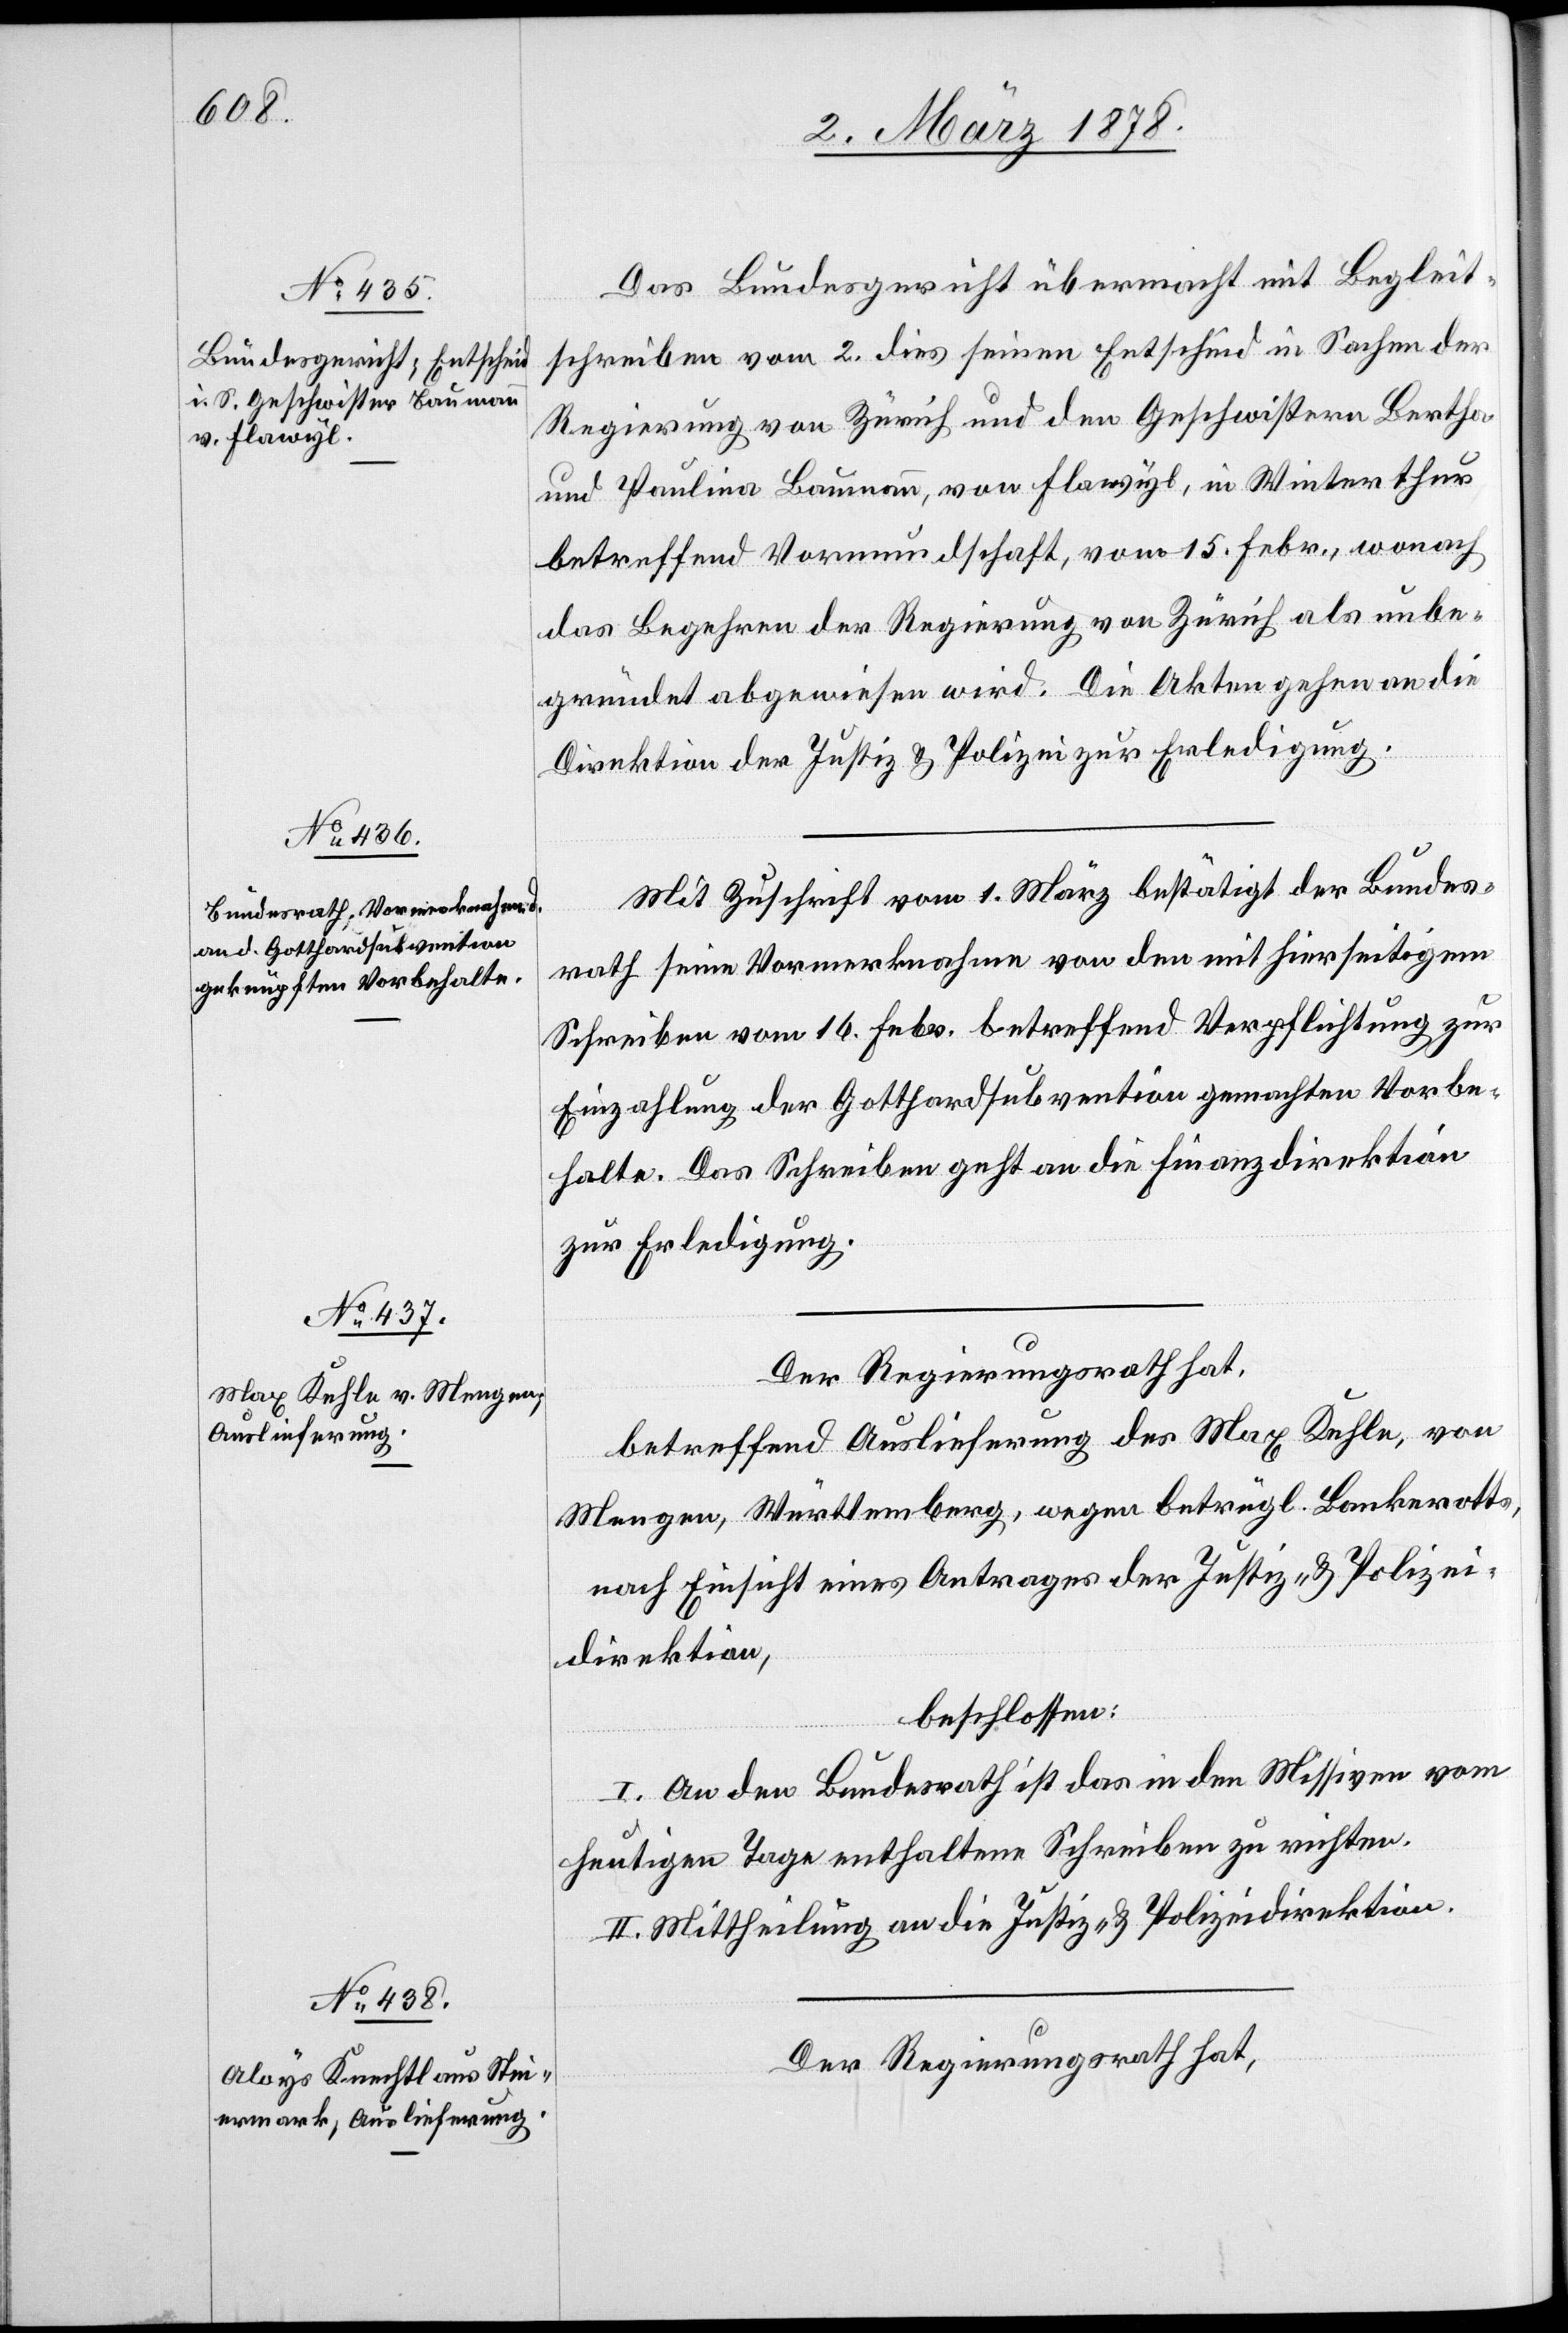
4. März 1878.]
Das Bundesgericht übermacht mit Begleit¬
schreiben vom 2. dies seinen Entscheid in Sachen der
Regierung von Zürich und den Geschwistern Bertha
und Paulina Baumann, von Flawyl, in Winterthur
betreffend Vormundschaft, vom 15. Febr., wonach
das Begehren der Regierung von Zürich als unbe¬
gründet abgewiesen wird. Die Akten gehen an die
Direktion der Justiz & Polizei zur Erledigung.
Mit Zuschrift vom 1. März bestätigt der Bundes¬
rath seine Vormerknahme von den mit hierseitigem
Schreiben vom 16. Febr. betreffend Verpflichtung zur
Einzahlung der Gotthardsubvention gemachten Vorbe¬
halte. Das Schreiben geht an die Finanzdirektion
zur Erledigung.
Der Regierungsrath hat,
betreffend Auslieferung des Max Kehle, von
Mengen, Württemberg, wegen betrügl. Bankerotts,
nach Einsicht eines Antrages der Justiz- & Polizei¬
direktion,
beschlossen:
I. An den Bundesrath ist das in den Missiven vom
heutigen Tage enthaltene Schreiben zu richten.
II. Mittheilung an die Justiz- & Polizeidirektion.
Der Regierungsrath hat,